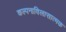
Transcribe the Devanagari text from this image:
कल्पनाविलासात्मक